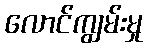
လောင်ကျွမ်းမှု